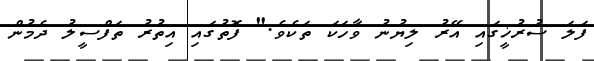
ފަލަ ސުރުޚީގައި އޭރު ލިޔުނު ވާހަކަ ތަކެވެ." ފޮތުގައި އިތުރު ތަފްސީލު ދެމުން